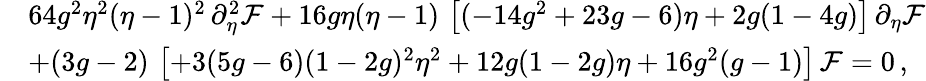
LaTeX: \begin{array}{rl}&{64g^{2}\eta^{2}(\eta-1)^{2}\, \partial_{\eta}^{2}\mathcal{F}+16g\eta(\eta-1)\, \left[(-14g^{2}+23g-6)\eta+2g(1-4g)\right]\, \partial_{\eta}\mathcal{F}}\\ &{+(3g-2)\, \left[+3(5g-6)(1-2g)^{2}\eta^{2}+12g(1-2g)\eta+16g^{2}(g-1)\right]\, \mathcal{F}=0\, ,}\end{array}